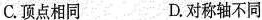
C.顶点相同 D.对称轴不同